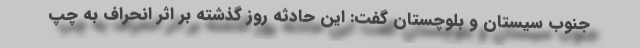
جنوب سیستان و بلوچستان گفت: این حادثه روز گذشته بر اثر انحراف به چپ